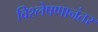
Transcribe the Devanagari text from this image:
विश्लेषणानंतर